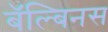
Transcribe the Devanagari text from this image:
बॅल्बिनस